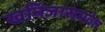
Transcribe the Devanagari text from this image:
खनिजासमवेत